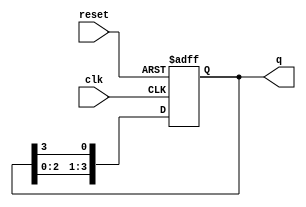
module async_ring_counter #(parameter N = 4) (
    input wire clk,          // Clock input
    input wire reset,        // Asynchronous reset
    output reg [N-1:0] q     // Output state of the counter
);

    // Initial state
    initial begin
        q = 1'b1; // Start with the first flip-flop set to '1'
    end

    always @(posedge clk or posedge reset) begin
        if (reset) begin
            q <= 1'b1; // Reset state: only the first flip-flop is '1'
        end else begin
            // Shift the '1' to the next flip-flop
            q <= {q[N-2:0], q[N-1]}; // Shift left and wrap around
        end
    end

endmodule